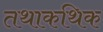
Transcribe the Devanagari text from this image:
तथाकथिक